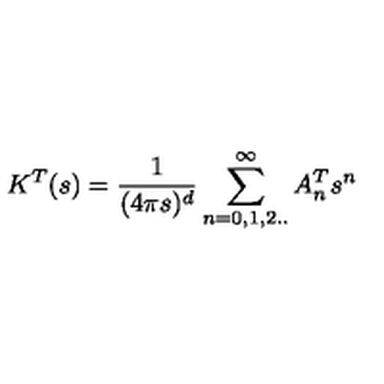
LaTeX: K ^ { T } ( s ) = { \frac { 1 } { ( 4 \pi s ) ^ { d } } } \sum _ { n = 0 , 1 , 2 . . } ^ { \infty } A _ { n } ^ { T } s ^ { n }